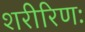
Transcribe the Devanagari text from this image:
शरीरिणः